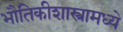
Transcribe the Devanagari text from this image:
भौतिकीशास्त्रामध्ये